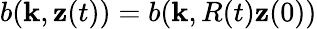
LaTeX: b({\mathbf k},{\mathbf z}(t))=b({\mathbf k},R(t){\mathbf z}(0))